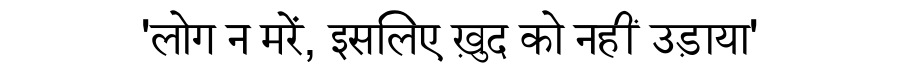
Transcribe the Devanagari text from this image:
'लोग न मरें, इसलिए ख़ुद को नहीं उड़ाया'